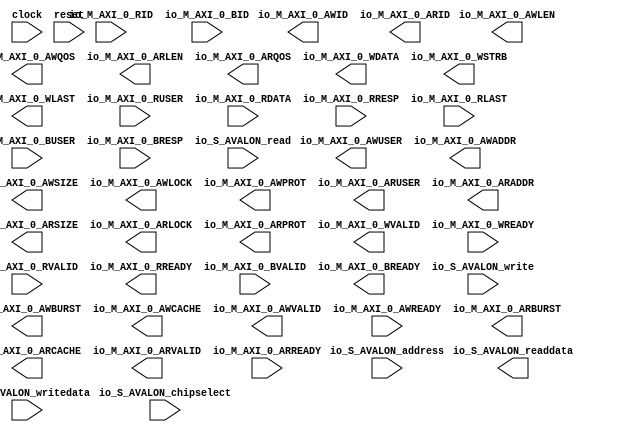
// This program was cloned from: https://github.com/stanford-ppl/spatial-lang
// License: MIT License

module pr_region_default_Top_0 (
		input  wire         clock,                  //       clock.clk
		output wire [5:0]   io_M_AXI_0_AWID,        //  io_M_AXI_0.awid
		output wire [31:0]  io_M_AXI_0_AWUSER,      //            .awuser
		output wire [31:0]  io_M_AXI_0_AWADDR,      //            .awaddr
		output wire [7:0]   io_M_AXI_0_AWLEN,       //            .awlen
		output wire [2:0]   io_M_AXI_0_AWSIZE,      //            .awsize
		output wire [1:0]   io_M_AXI_0_AWBURST,     //            .awburst
		output wire         io_M_AXI_0_AWLOCK,      //            .awlock
		output wire [3:0]   io_M_AXI_0_AWCACHE,     //            .awcache
		output wire [2:0]   io_M_AXI_0_AWPROT,      //            .awprot
		output wire [3:0]   io_M_AXI_0_AWQOS,       //            .awqos
		output wire         io_M_AXI_0_AWVALID,     //            .awvalid
		input  wire         io_M_AXI_0_AWREADY,     //            .awready
		output wire [5:0]   io_M_AXI_0_ARID,        //            .arid
		output wire [31:0]  io_M_AXI_0_ARUSER,      //            .aruser
		output wire [31:0]  io_M_AXI_0_ARADDR,      //            .araddr
		output wire [7:0]   io_M_AXI_0_ARLEN,       //            .arlen
		output wire [2:0]   io_M_AXI_0_ARSIZE,      //            .arsize
		output wire [1:0]   io_M_AXI_0_ARBURST,     //            .arburst
		output wire         io_M_AXI_0_ARLOCK,      //            .arlock
		output wire [3:0]   io_M_AXI_0_ARCACHE,     //            .arcache
		output wire [2:0]   io_M_AXI_0_ARPROT,      //            .arprot
		output wire [3:0]   io_M_AXI_0_ARQOS,       //            .arqos
		output wire         io_M_AXI_0_ARVALID,     //            .arvalid
		input  wire         io_M_AXI_0_ARREADY,     //            .arready
		output wire [511:0] io_M_AXI_0_WDATA,       //            .wdata
		output wire [63:0]  io_M_AXI_0_WSTRB,       //            .wstrb
		output wire         io_M_AXI_0_WLAST,       //            .wlast
		output wire         io_M_AXI_0_WVALID,      //            .wvalid
		input  wire         io_M_AXI_0_WREADY,      //            .wready
		input  wire [5:0]   io_M_AXI_0_RID,         //            .rid
		input  wire [31:0]  io_M_AXI_0_RUSER,       //            .ruser
		input  wire [511:0] io_M_AXI_0_RDATA,       //            .rdata
		input  wire [1:0]   io_M_AXI_0_RRESP,       //            .rresp
		input  wire         io_M_AXI_0_RLAST,       //            .rlast
		input  wire         io_M_AXI_0_RVALID,      //            .rvalid
		output wire         io_M_AXI_0_RREADY,      //            .rready
		input  wire [5:0]   io_M_AXI_0_BID,         //            .bid
		input  wire [31:0]  io_M_AXI_0_BUSER,       //            .buser
		input  wire [1:0]   io_M_AXI_0_BRESP,       //            .bresp
		input  wire         io_M_AXI_0_BVALID,      //            .bvalid
		output wire         io_M_AXI_0_BREADY,      //            .bready
		input  wire [6:0]   io_S_AVALON_address,    // io_S_AVALON.address
		output wire [31:0]  io_S_AVALON_readdata,   //            .readdata
		input  wire         io_S_AVALON_chipselect, //            .chipselect
		input  wire         io_S_AVALON_write,      //            .write
		input  wire         io_S_AVALON_read,       //            .read
		input  wire [31:0]  io_S_AVALON_writedata,  //            .writedata
		input  wire         reset                   //       reset.reset
	);
endmodule